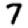
Digit: 7